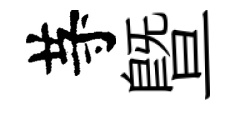
䒭暨